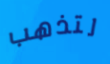
لتذهب